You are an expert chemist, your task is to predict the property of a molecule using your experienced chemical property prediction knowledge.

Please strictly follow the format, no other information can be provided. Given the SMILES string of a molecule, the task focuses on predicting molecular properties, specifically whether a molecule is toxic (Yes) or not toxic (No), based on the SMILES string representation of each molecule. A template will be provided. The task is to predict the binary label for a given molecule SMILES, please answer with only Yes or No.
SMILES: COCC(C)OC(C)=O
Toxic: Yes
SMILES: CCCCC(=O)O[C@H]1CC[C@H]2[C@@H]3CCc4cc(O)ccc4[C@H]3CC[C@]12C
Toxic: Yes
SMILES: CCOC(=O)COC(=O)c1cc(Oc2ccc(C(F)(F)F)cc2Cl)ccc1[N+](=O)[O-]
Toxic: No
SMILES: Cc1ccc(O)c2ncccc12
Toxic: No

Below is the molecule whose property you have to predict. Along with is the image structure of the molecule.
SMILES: CCCSc1ccc2[nH]c(NC(=O)OC)nc2c1
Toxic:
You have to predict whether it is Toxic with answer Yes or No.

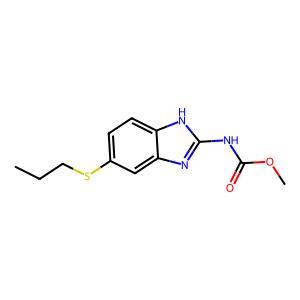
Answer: No